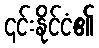
၎င်းနိုင်ငံ၏